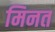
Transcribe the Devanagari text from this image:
मिनत